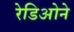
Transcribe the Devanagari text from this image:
रेडिओने